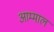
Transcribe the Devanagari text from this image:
आम्माल